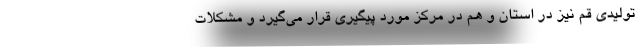
تولیدی قم نیز در استان و هم در مرکز مورد پیگیری قرار می‌گیرد و مشکلات